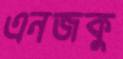
এনজকু